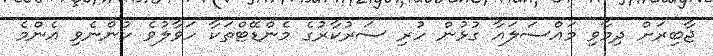
ޖާބިރަށް ދިމާވި މައްސަލައާ ގުޅުން ހުރި ސަރުކާރުގެ މެންޑޭޓްތަކާ ހަވާލުވެ ހުންނެވި އެންމެ